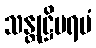
သန္တုဋ္ဌိပရမံ